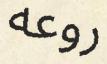
روعه